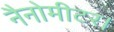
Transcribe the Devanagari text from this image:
नैनोमीटर।